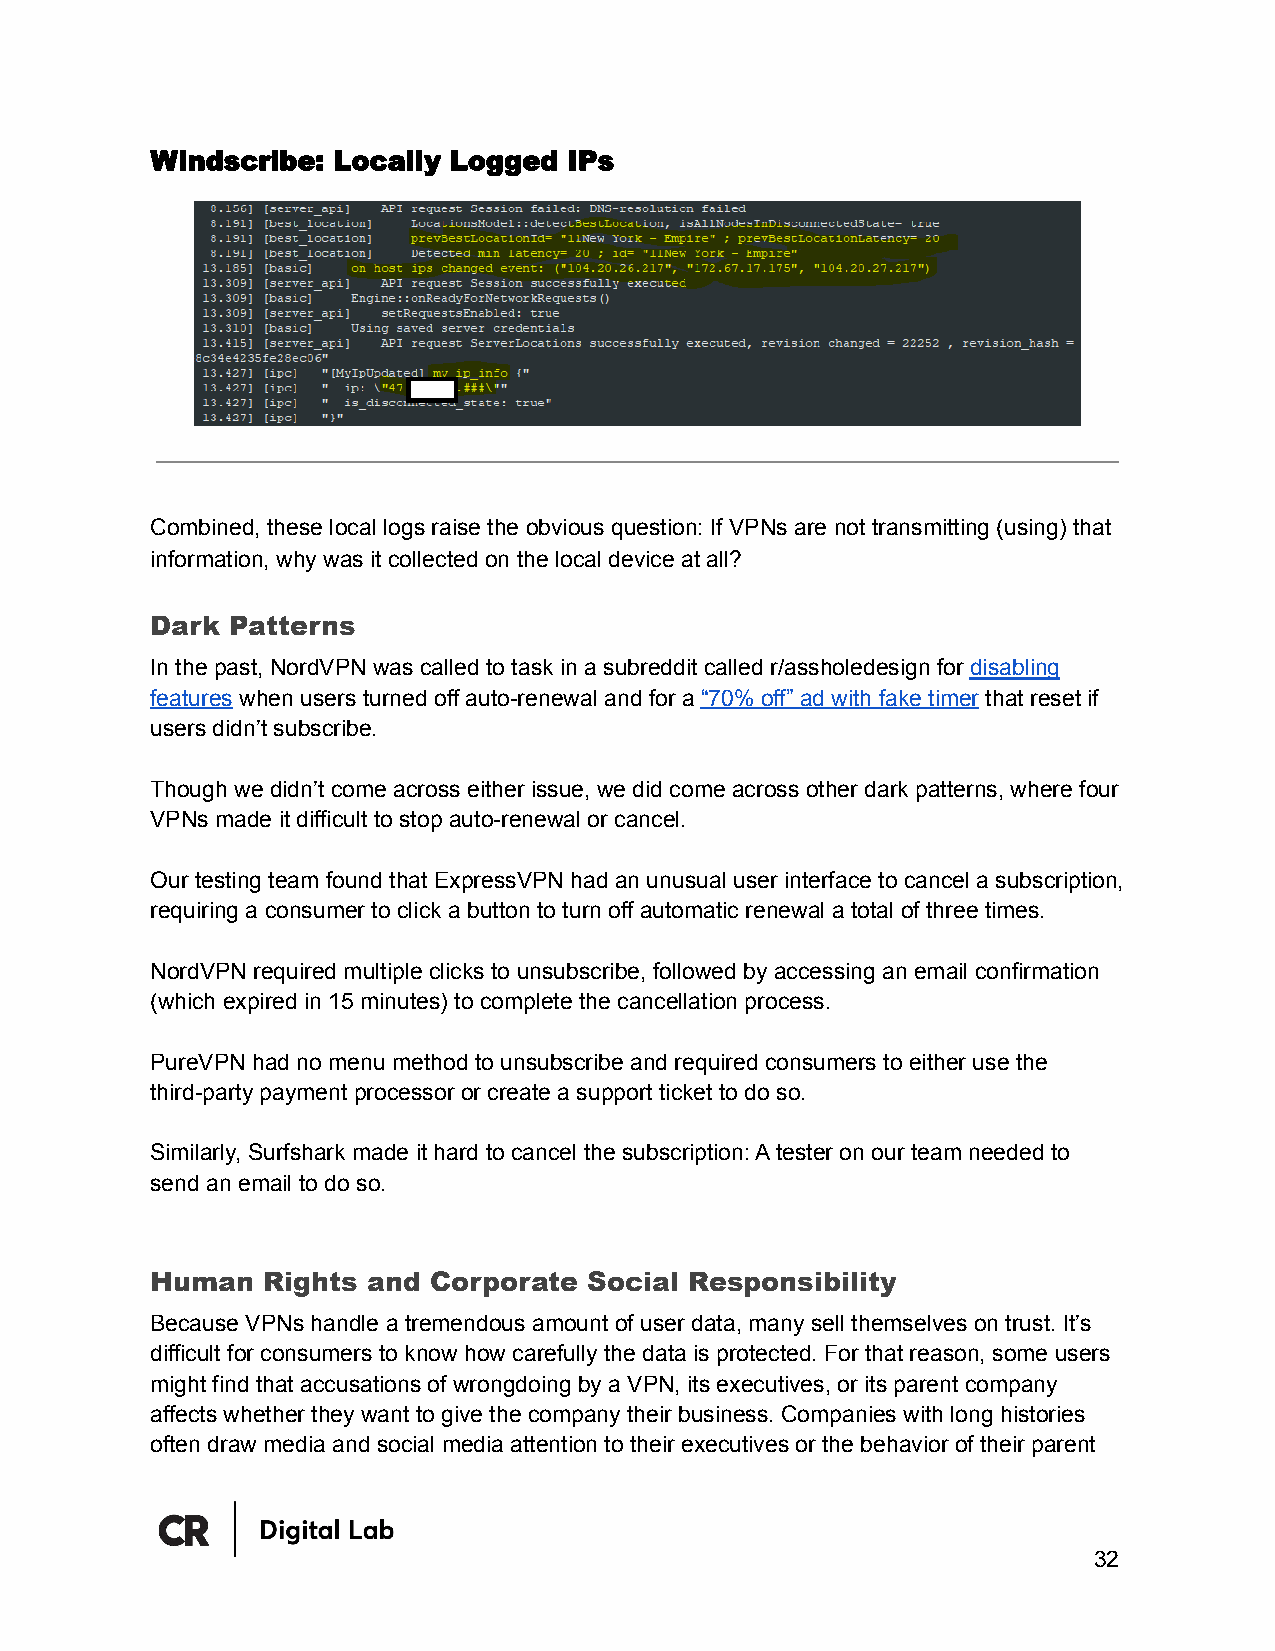
Windscribe: Locally Logged  IPs
 Combined, these local logs raise the obvious question: If VPNs are not transmitting (using) that
 information, why was it collected on the local device at all?
 Dark Patterns
 In the past, NordVPN was called to task in a subreddit called r/assholedesign for disabling
 features when users turned off auto-renewal and for a “70% off” ad with fake timer that reset if
 users didn’t subscribe.
 Though we didn’t come across either issue, we did come across other dark patterns, where four
 VPNs made it difficult to stop auto-renewal or cancel.
 Our testing team found that ExpressVPN had an unusual user interface to cancel a subscription,
 requiring a consumer to click a button to turn off automatic renewal a total of three times.
 NordVPN required multiple clicks to unsubscribe, followed by accessing an email confirmation
 (which expired in 15 minutes) to complete the cancellation process.
 PureVPN had no menu method to unsubscribe and required consumers to either use the
 third-party payment processor or create a support ticket to do so.
 Similarly, Surfshark made it hard to cancel the subscription: A tester on our team needed to
 send an email to do so.
 Human  Rights and Corporate  Social Responsibility
 Because VPNs handle a tremendous amount of user data, many sell themselves on trust. It’s
 difficult for consumers to know how carefully the data is protected. For that reason, some users
 might find that accusations of wrongdoing by a VPN, its executives, or its parent company
 affects whether they want to give the company their business. Companies with long histories
 often draw media and social media attention to their executives or the behavior of their parent
 32